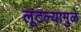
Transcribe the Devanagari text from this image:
लूटल्यामुळे